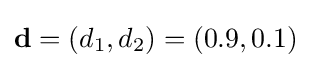
\mathbf {d} =(d_{1},d_{2})=(0.9,0.1)